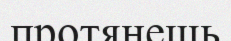
протянешь